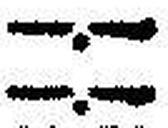
—.—